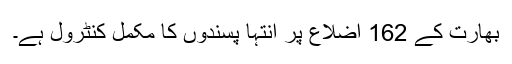
بھارت کے 162 اضلاع پر انتہا پسندوں کا مکمل کنٹرول ہے۔